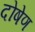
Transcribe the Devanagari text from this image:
दोषेण